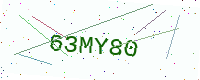
Text: 63MY80